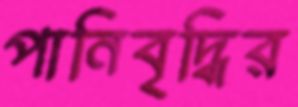
পানিবৃদ্ধির